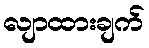
လျာထားချက်